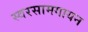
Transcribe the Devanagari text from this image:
स्वरसामगायन